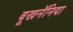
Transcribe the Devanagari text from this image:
बूखनॅनिया